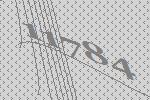
11784